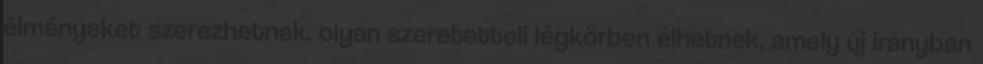
élményeket szerezhetnek, olyan szeretetteli légkörben élhetnek, amely új irányban